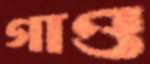
গাও